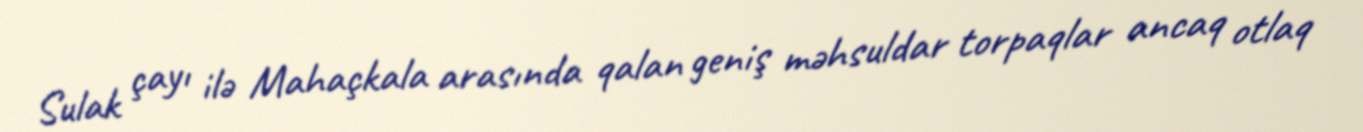
Sulak çayı ilə Mahaçkala arasında qalan geniş məhsuldar torpaqlar ancaq otlaq